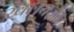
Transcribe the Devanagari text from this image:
खलयज्ञेन